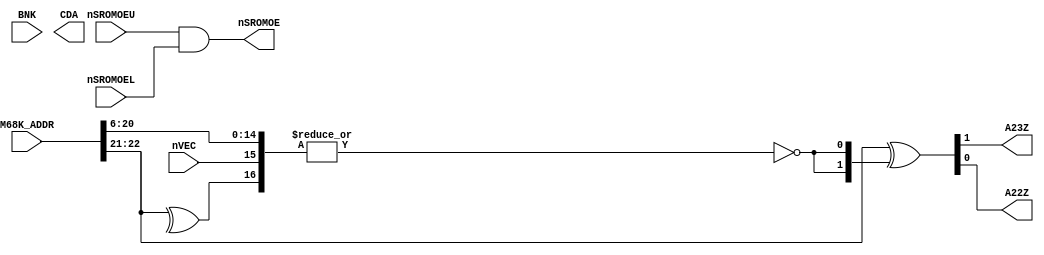
module neo_e0(
	input [23:1] M68K_ADDR,
	input [2:0] BNK,
	input nSROMOEU, nSROMOEL,
	output nSROMOE,
	input nVEC,
	output A23Z, A22Z,
	output [23:0] CDA
);

	assign nSROMOE = nSROMOEU & nSROMOEL;

	// Vector table swap:
	// A2*Z = 1 if nVEC == 0 and A == 11000000000000000xxxxxxx
	assign {A23Z, A22Z} = M68K_ADDR[23:22] ^ {2{~|{M68K_ADDR[21:7], ^M68K_ADDR[23:22], nVEC}}};

	// Todo: Check this on real hw (MV4 ?)
	// Memcard area is $800000~$BFFFFF
	// 10000000 00000000 00000000
	// 10111111 11111111 11111111
	// xxx                     1
	//assign CDA = {BNK, M68K_ADDR[21:1]};
	
endmodule